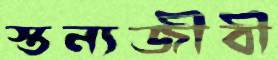
স্তন্যজীবী